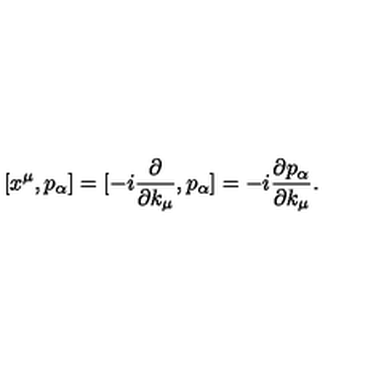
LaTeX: [ x ^ { \mu } , p _ { \alpha } ] = [ - i \frac { \partial } { \partial k _ { \mu } } , p _ { \alpha } ] = - i \frac { \partial p _ { \alpha } } { \partial k _ { \mu } } .